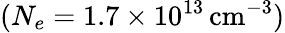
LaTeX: (N_{e}=1.7\times 10^{13}\, \mathrm{cm}^{-3})